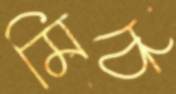
মিঠে